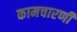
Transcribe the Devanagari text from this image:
कामचारणी